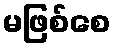
မဖြစ်စေ